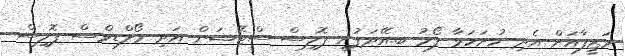
ވަޒީފާއަށް އެދި ހުށަހަޅާ ފޯމު ބ.އޭދަފުށި ޕޮލިސް ސްޓޭޝަން އަދި މޯލްޑިވްސް ޕޮލިސް